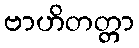
ဗာဟိတတ္တာ